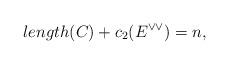
LaTeX: \begin{align*}length(C)+c_{2}(E^{\vee\vee})=n,\end{align*}